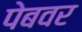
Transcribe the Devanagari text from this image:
पेबवर